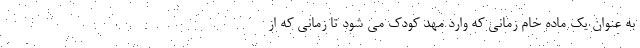
به عنوان یک ماده خام زمانی که وارد مهد کودک می شود تا زمانی که از